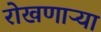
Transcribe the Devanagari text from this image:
रोखणाऱ्या